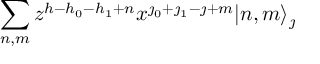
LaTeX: \sum _ { n , m } z ^ { h - h _ { 0 } - h _ { 1 } + n } x ^ { \jmath _ { 0 } + \jmath _ { 1 } - \jmath + m } | n , m \rangle _ { \jmath }